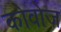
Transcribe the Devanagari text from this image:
कोवोज